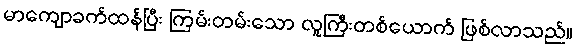
မာကျောခက်ထန်ပြီး ကြမ်းတမ်းသော လူကြီးတစ်ယောက် ဖြစ်လာသည်။